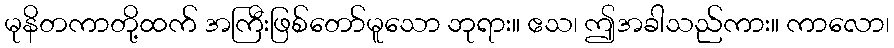
မုနိတကာတို့ထက် အကြီးဖြစ်တော်မူသော ဘုရား။ ဧသ၊ ဤအခါသည်ကား။ ကာလော၊